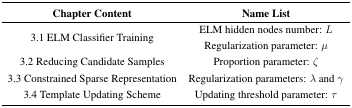
| Chapter Content | Name List |
 | --- | --- |
 | <ROWSPAN=2> 3.1 ELM Classifier Training | ELM hidden nodes number: L |
 | Regularization parameter: μ |
 | 3.2 Reducing Candidate Samples | Proportion parameter: ζ |
 | 3.3 Constrained Sparse Representation | Regularization parameters: λ and γ |
 | 3.4 Template Updating Scheme | Updating threshold parameter: τ |